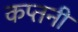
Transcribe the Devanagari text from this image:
कप्तनी